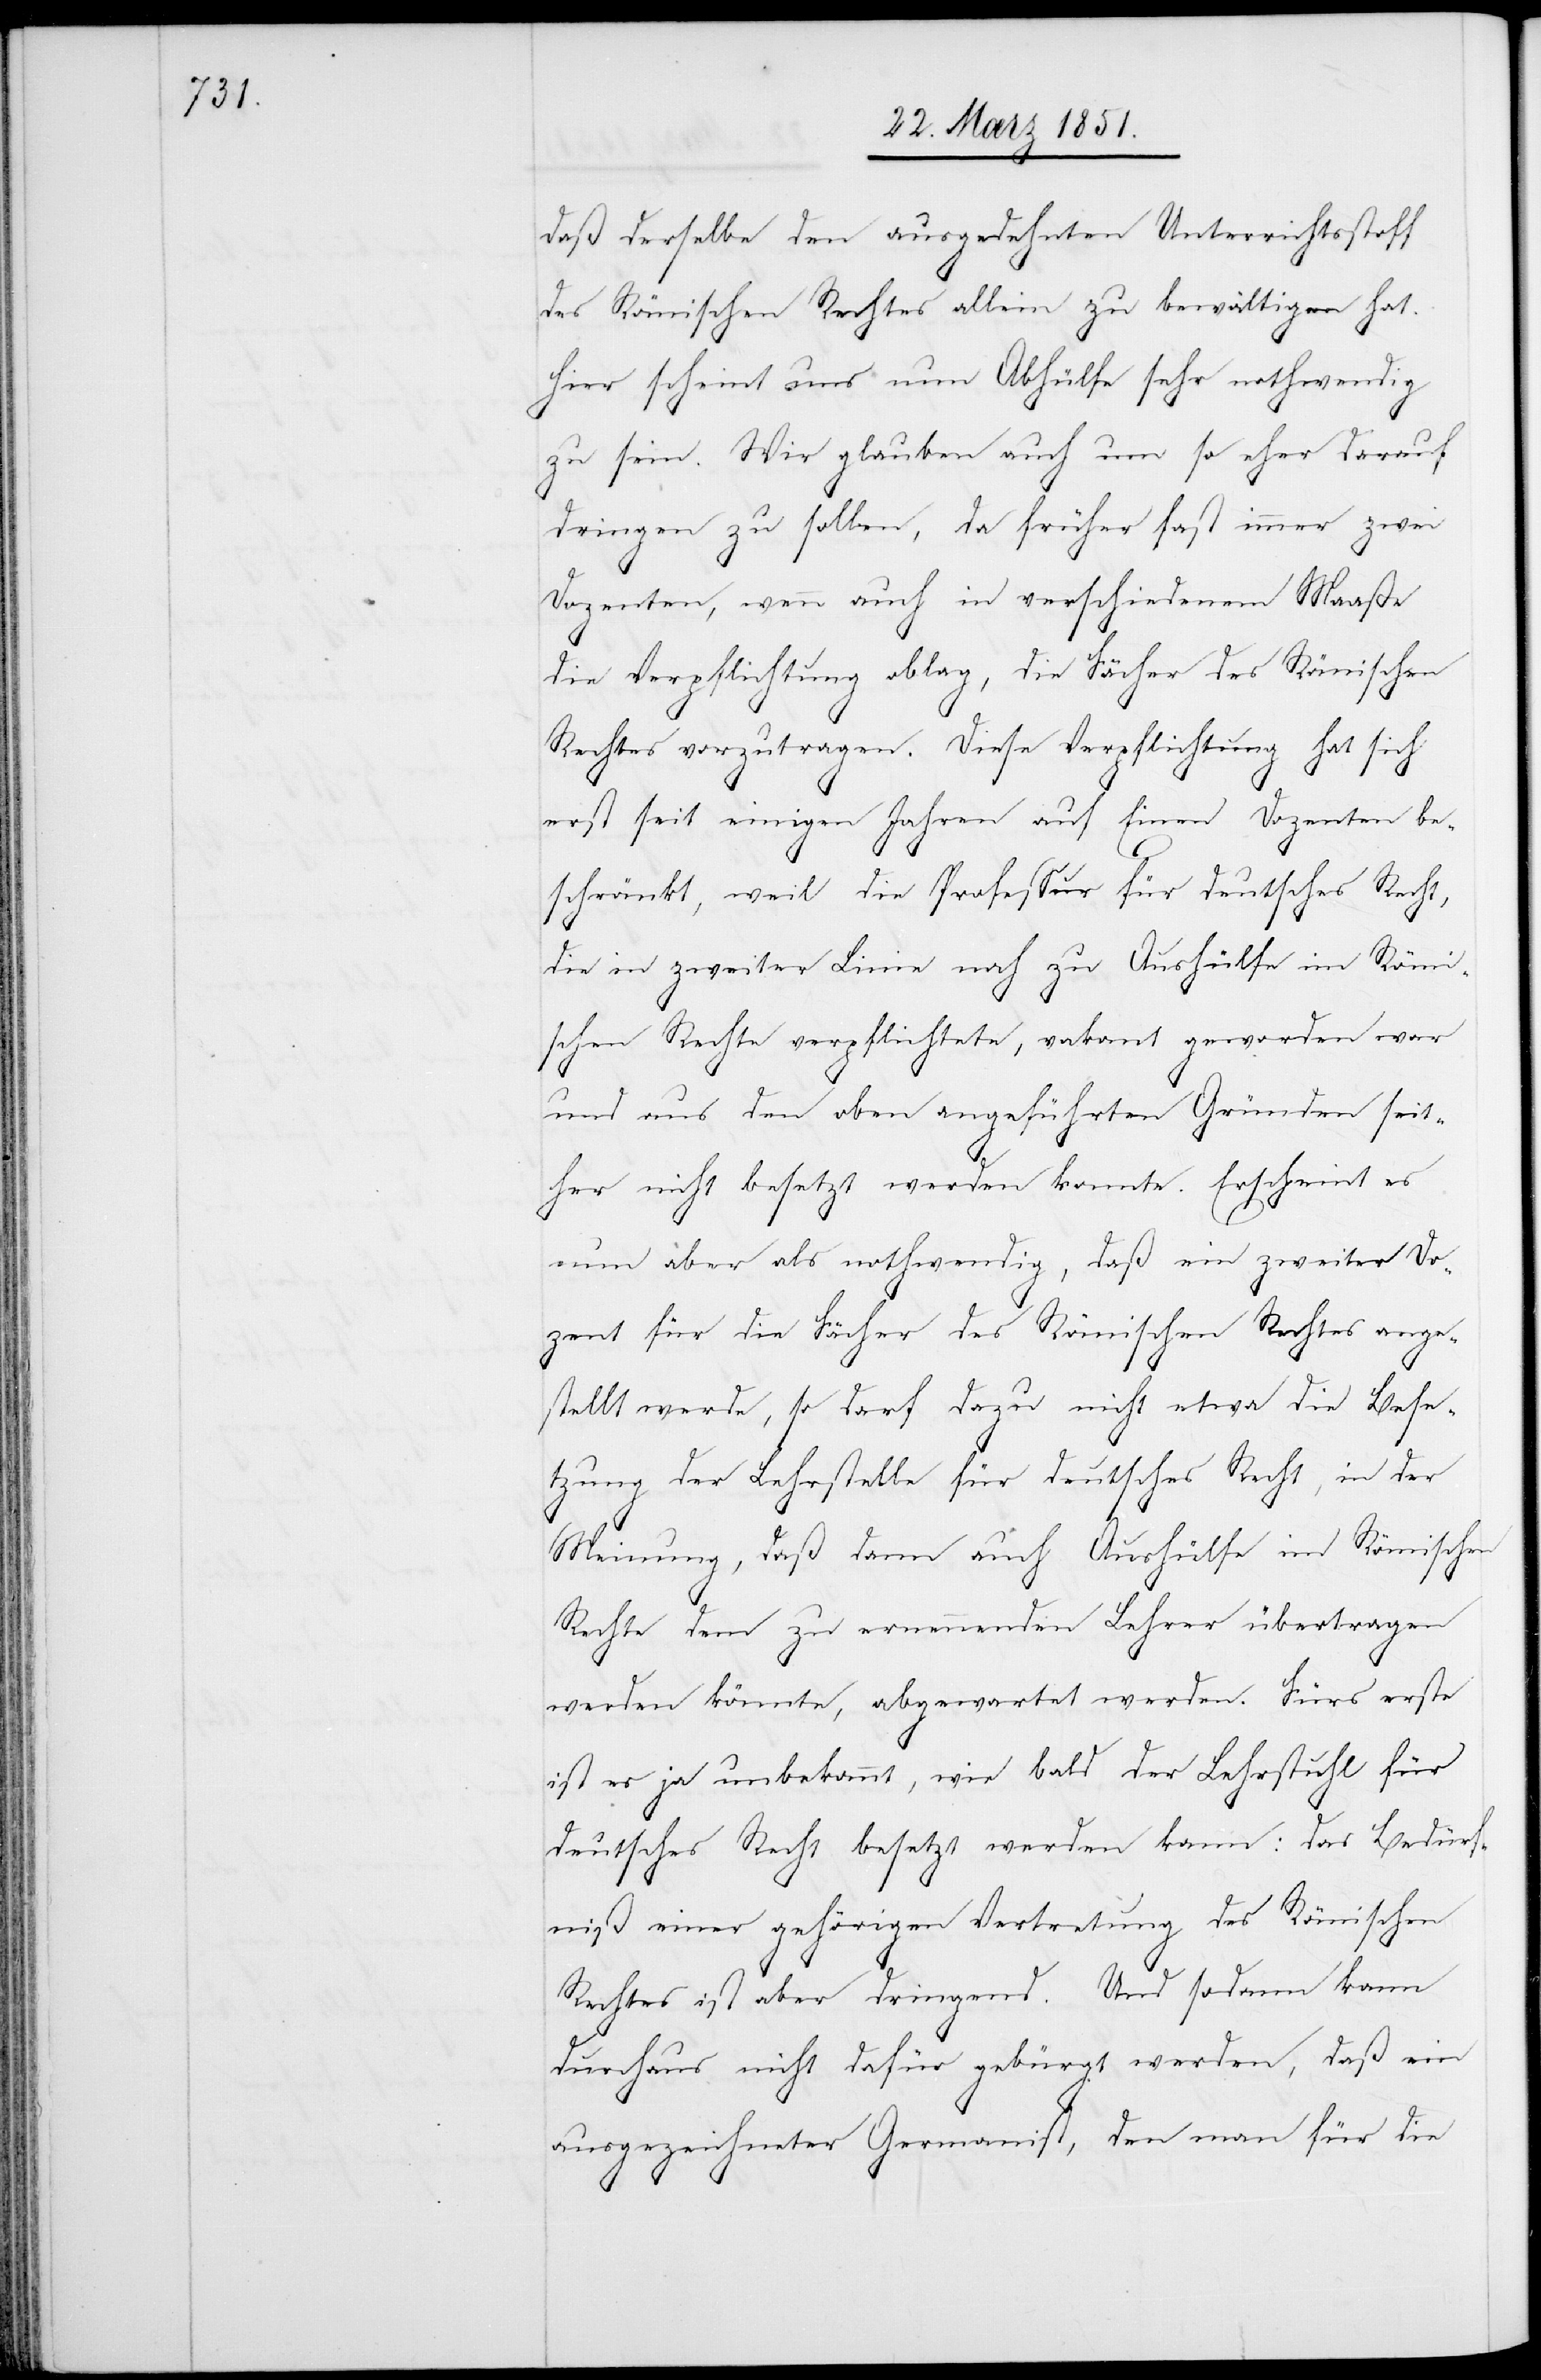
daß derselbe den ausgedehnten Unterrichtsstoff
des Römischen Rechtes allein zu bewältigen hat.
Hier scheint uns nun Abhülfe sehr nothwendig
zu sein. Wir glauben auch um so eher darauf
dringen zu sollen, da früher fast immer zwei
Dozenten, wenn auch in verschiedenem Maaße
die Verpflichtung oblag, die Fächer des Römischen
Rechtes vorzutragen. Diese Verpflichtung hat sich
erst seit einigen Jahren auf Einen Dozenten be¬
schränkt, weil die Professur für deutsches Recht,
die in zweiter Linie noch zu Aushülfe im Römi¬
schen Rechte verpflichtete, vakant geworden war
und aus den oben angeführten Gründen seit¬
her nicht besetzt werden konnte. Erscheint es
nun aber als nothwendig, daß ein zweiter Do¬
zent für die Fächer des Römischen Rechtes ange¬
stellt werde, so darf dazu nicht etwa die Bese¬
tzung der Lehrstelle für deutsches Recht, in der
Meinung, daß dann auch Aushülfe im Römischen
Rechte dem zu ernennenden Lehrer übertragen
werden könnte, abgewartet werden. Fürs erste
ist es ja unbekannt, wie bald der Lehrstuhl für
deutsches Recht besetzt werden kann: das Bedürf¬
niß einer gehörigen Vertretung des Römischen
Rechtes ist aber dringend. Und sodann kann
durchaus nicht dafür gebürgt werden, daß ein
ausgezeichneter Germanist, den man für die